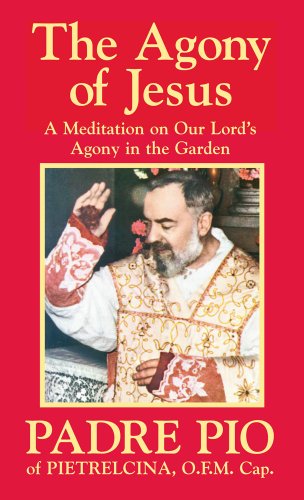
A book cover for The Agony of Jesus; O.F.M., Cap. Padre Pio of Pietrelcina; Christian Books & Bibles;